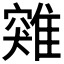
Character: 𩀆